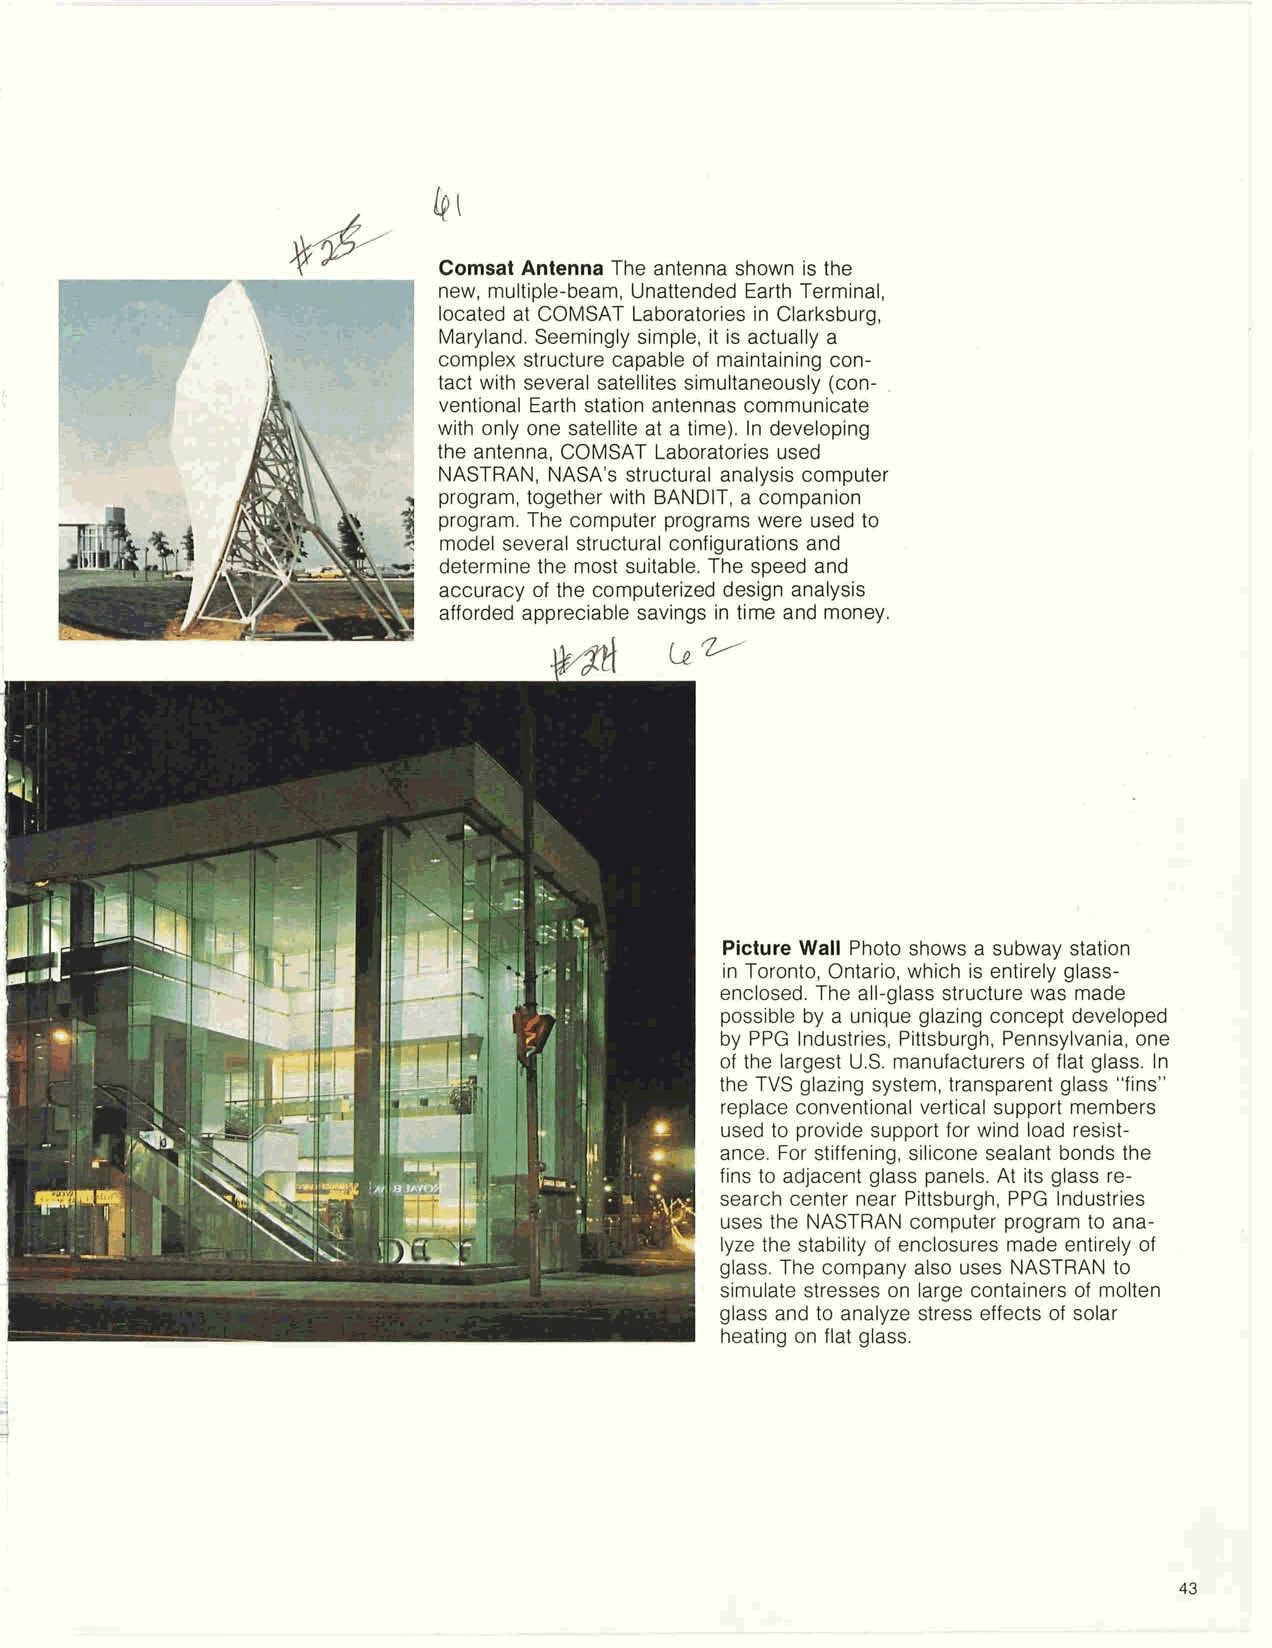
Comsat Antenna The antenna shown is the
 new, multiple-beam, Unattended Earth Terminal,
 located at COMSAT Laboratories in Clarksburg,
 Maryland. Seemingly simple, it is actually a
 complex structure capable of maintaining con-
 tact with several satellites simultaneously (con-
 ,
 ventional Earth station antennas communicate
 with only one satellite at a time). In developing
 the antenna, COMSAT Laboratories used
 NASTRAN, NASA's structural analysis computer
 program, together with BANDIT, a companion
 program. The computer programs were used to
 model several structural configurations and
 determine the most suitable, The speed and
 accuracy of the computerized design analysis
 afforded appreciable savings in time and money.
 Picture Wall Photo shows a subway station
 in Toronto, Ontario, which is entirely glass-
 enclosed. The all-glass structure was made
 possible by a unique glazing concept developed
 by PPG Industries, Pittsburgh, Pennsylvania, one
 of the largest U.S. manufacturers of flat glass. In
 the TVS glazing system, transparent glass "fins"
 replace conventional vertical support members
 used to provide support for wind load resist-
 ance. For stiffening, silicone sealant bonds the
 fins to adjacent glass panels. At its glass re-
 search center near Pittsburgh, PPG Industries
 uses the NASTRAN computer program to ana-
 lyze the stability of enclosures made entirely of
 glass. The company also uses NASTRAN to
 simulate stresses on large containers of molten
 glass and to analyze stress effects of solar
 heating on flat glass.